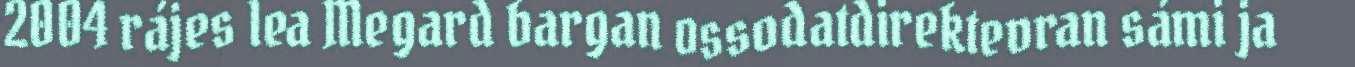
2004 rájes lea Megard bargan ossodatdirektevran sámi ja